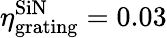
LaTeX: \eta_{\textrm{grating}}^{\textrm{SiN}}=0.03